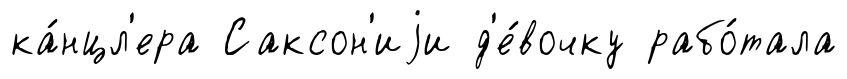
ка́нцл'ера Саксон'иjи д'е́вочку рабо́тала